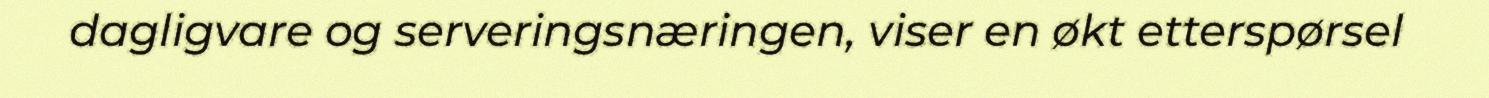
dagligvare og serveringsnæringen, viser en økt etterspørsel